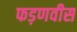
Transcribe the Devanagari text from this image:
फड़णवीस